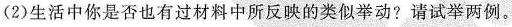
(2)生活中你是否也有过材料中所反映的类似举动?请试举两例。